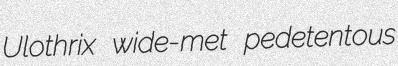
Ulothrix wide-met pedetentous